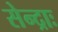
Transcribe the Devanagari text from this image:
सेन्द्राः